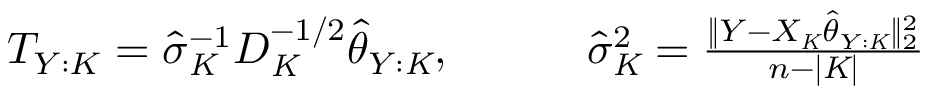
\begin{array} { r } { T _ { Y : K } = \hat { \sigma } _ { \mathit { K } } ^ { - 1 } D _ { \mathit { K } } ^ { - 1 / 2 } \hat { \theta } _ { Y : \mathit { K } } , \quad \quad \quad \hat { \sigma } _ { \mathit { K } } ^ { 2 } = \frac { \| Y - X _ { \mathit { K } } \hat { \theta } _ { Y : \mathit { K } } \| _ { 2 } ^ { 2 } } { n - | \mathit { K } | } } \end{array}